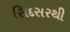
સિદસરથી